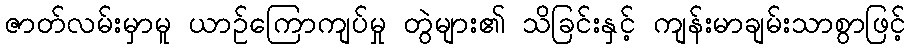
ဇာတ်လမ်းမှာမူ ယာဉ်ကြောကျပ်မှု တွဲများ၏ သိခြင်းနှင့် ကျန်းမာချမ်းသာစွာဖြင့်